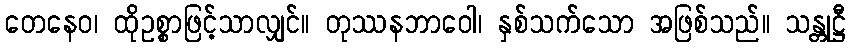
တေနေဝ၊ ထိုဥစ္စာဖြင့်သာလျှင်။ တုဿနဘာဝေါ၊ နှစ်သက်သော အဖြစ်သည်။ သန္တုဋ္ဌီ